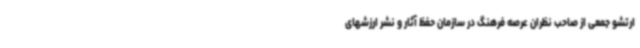
ارتشو جمعی از صاحب نظران عرصه فرهنگ در سازمان حفظ آثار و نشر ارزشهای